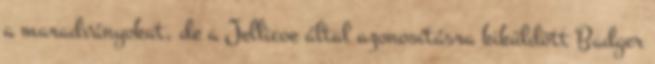
a maradványokat, de a Jellicoe által azonosításra kiküldött Badger